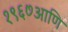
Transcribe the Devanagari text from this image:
१९६७आणि